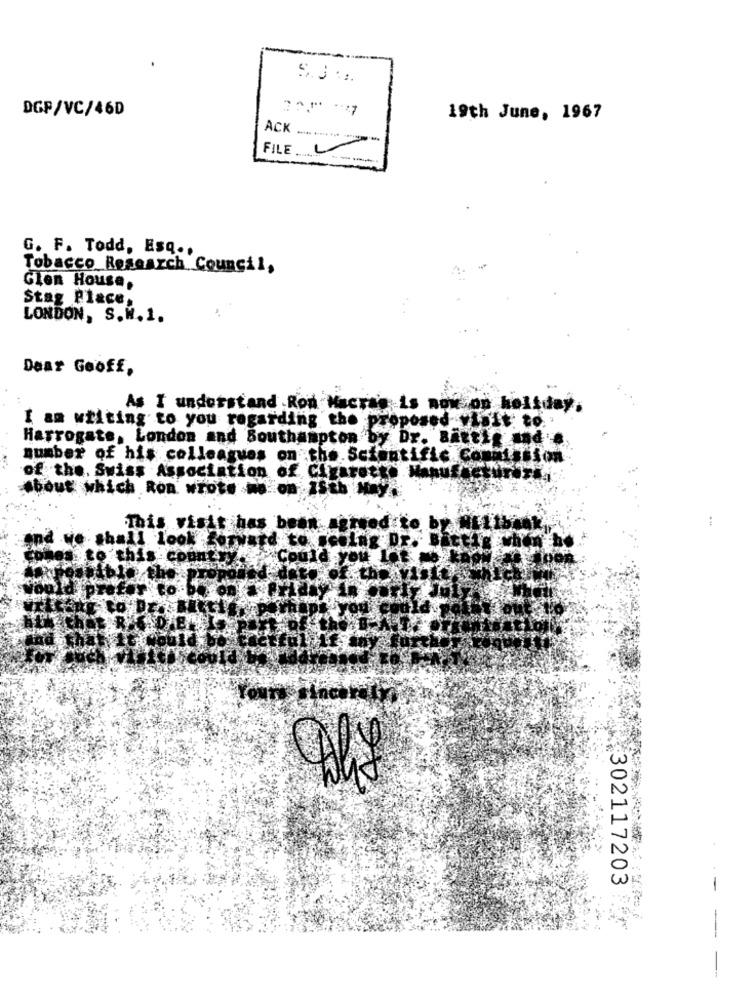
..
DGP/VC/46D
19th June, 1967
ACK .......... .....
FILE V
G. F. Todd, Esq ..
Tobacco Research Council,
Glen House,
Stag Place,
LONDON, S. W.1.
Dear Geoff,
As I understand Ron Macy
I am writing to you regarding the proposed
Harrogate, London and Southampton
D
number of his colleagues on the Scienti
Bion
of the. Swiss Association of
bout which Ron wrote me on ISth
This visit has be
shall look ou
this countyMes
Co
302117203